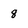
Character: g